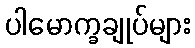
ပါမောက္ခချုပ်များ